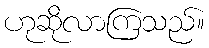
ဟုဆိုလာကြသည်။